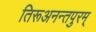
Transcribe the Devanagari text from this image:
तिरूअनन्तपुरम्